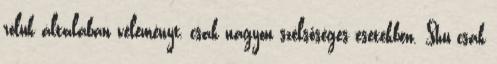
róluk általában véleményt, csak nagyon szélsőséges esetekben. Shu csak